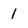
Character: 1